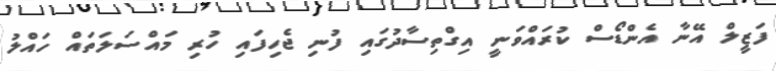
ފަޒީލް އޭނާ އެންޑޯސް ކުރައްވަނީ އިގްތިސާދުގައި ފުނި ޖެހިފައި ހުރި މައްސަލަތައް ހައްލު